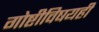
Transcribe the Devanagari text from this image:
गोष्टीविषयही